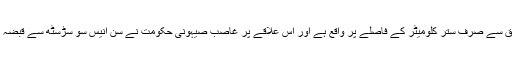
یہ علاقہ دمشق سے صرف ستّر کلومیٹر کے فاصلے پر واقع ہے اور اس علاقے پر غاصب صیہونی حکومت نے سن انّیس سو سڑسٹھ سے قبضہ کر رکھا ہے۔